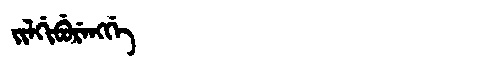
Manchu: ᠵᡳᠯᡤᡳᠪᡠᡵᡝᠩᡤᡝ
Romanization: JILGIBURENGGE